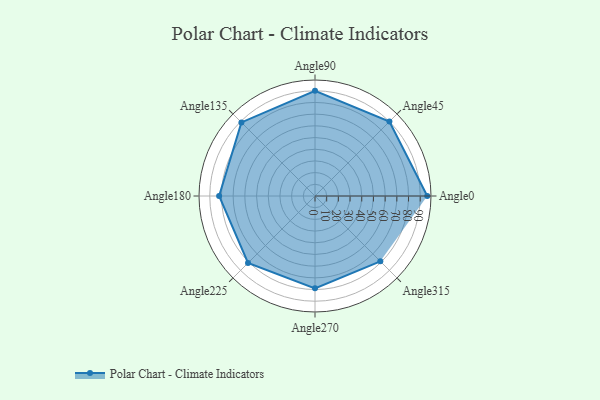
{"axis": {"x": "Angle", "y": "Radius"}, "legend": [""], "data": [{"x": "Angle0", "y": 96.0, "type": ""}, {"x": "Angle45", "y": 90.0, "type": ""}, {"x": "Angle90", "y": 90.0, "type": ""}, {"x": "Angle135", "y": 89.0, "type": ""}, {"x": "Angle180", "y": 82.0, "type": ""}, {"x": "Angle225", "y": 81.0, "type": ""}, {"x": "Angle270", "y": 79.0, "type": ""}, {"x": "Angle315", "y": 79.0, "type": ""}]}